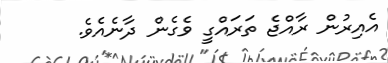
އެއިރުން ރާއްޖެ ތަރައްގީ ވެގެން ދާނެއެވެ.